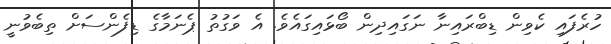
ހުރެފައި ކެވިން ޑިބްރައިނާ ނަގައިދިން ބޯޅައިގައެވެ. އެ ވަގުތު ޕެނަމާގެ ޑިފެންސަށް ތިބެވުނީ